Report on sanitation, dispensaries, and jails in Rajputana for 1921, and on vaccination for the year 1921-1922 - 1921-1922
Year: 1921
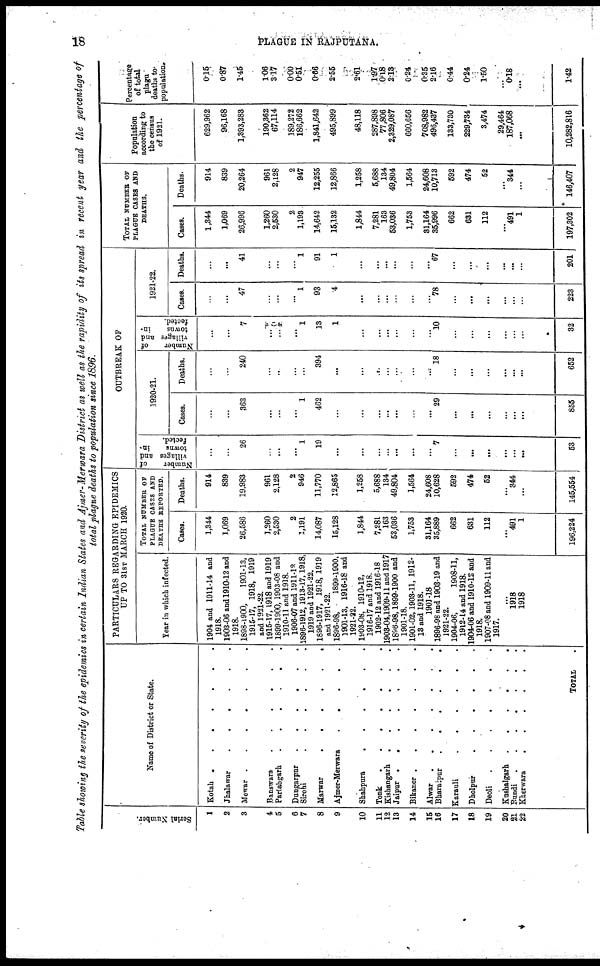
18
PLAGUE IN RAJPUTANA.
Table showing the severity of the epidemics in certain Indian States and Ajmer-Merwara District as well as the rapidity of its spread in recent year and the percentage of
total plague deaths to population since 1896.
Serial Number.
1
2
3
4
5
6
7
8
9
10
11
12
13
14
15
16
17
18
19
20
21
22
Name of District or State.
Kotah
Jhalawar
......
Mewar
.
Banswara
......
Parlabgarh
Dungarpur
......
Sirohi
.
Marwar
.
Ajmer-Merwara
.....
Shahpura
Tonk
Kishangarh
Jaipur .
Bikaner
Alwar
Bharatpur
Karauli
Dholpur
Deoli
Kushalgarh
Bundi
Kherwara
TOTAL.
PARTICULARS REGARDING EPIDEMICS
UP TO 31ST MARCH 1920.
Year in which infected.
1904 and 1911-14 and
1918.
1903-06 and 1910-12 and
1918.
1898-1900,
1901-13,
1915-17, 1918, 1919
and 1921-22.
1915-17, 1918 and 1919
1899-1900, 1903-08 and
1910-11 and 1918.
1906-07 and 1911-12
1896-1912,1913-17,1918,
1919 and 1921-22.
1896-1917, 1918, 1919
and 1921-22.
1896-98,
1899-1900,
1901-13, 1916-18 and
1921-22.
1903-08, 1910-12,
1916-17 and 1918.
1902-12 and 1916-18
1903-04,1909-11 and 1917
1896-98,1899-1900 and
1901-18.
1901-02,1903-11, 1912-
13 and 1918.
1901-18
1896-98 and 1903-19 and
1921-22.
1904-06,
1908-11,
1912-14 and 1918.
1904-06 and 1910-12 and
1918.
1907-08 and 1909-11 and
1917.
...
1918
1918
TOTAL NUMBER OF
PLAGUE CASES AND
DEATHS REPORTED.
Cases.
1,344
1,069
26,586
1,260
2,530
2
1,191
14,087
15,128
1,844
7,281
163
53,036
1,753
31,164
35,889
662
631
112
...
491
1
196,224
Deaths.
914
839
19,983
961
2,128
2
946
11,770
12,865
1,258
5,688
134
49,804
1,564
24,608
10,628
592
474
52
...
344
...
145,554
OUTBREAK OF
Number
of
villages and
towns
in-
fected.
...
...
26
...
...
...
1
19
...
...
...
...
...
...
...
7
...
...
...
...
...
...
53
1920-21.
Cases.
...
...
363
...
...
...
1
462
...
...
...
...
...
...
...
29
...
...
...
...
...
...
855
Deaths.
...
...
240
...
...
...
...
394
...
...
...
...
...
...
...
18
...
...
...
...
...
...
652
Number
of
villages and
towns
in-
fected.
...
...
7
...
...
...
1
13
1
...
...
...
...
...
...
10
...
...
...
...
...
...
32
1921-22.
Cases.
...
...
47
...
...
...
1
93
4
...
...
...
...
...
...
78
...
...
...
...
...
...
223
Deaths.
...
...
41
...
...
...
1
91
1
...
...
...
...
...
...
67
...
...
...
...
...
...
201
TOTAL NUMBER OF
PLAGUE CASES AND
DEATHS.
Cases.
1,344
1,069
26,996
1,260
2,530
2
1,193
14,642
15,132
1,844
7,281
163
53,036
1,753
31,164
35,996
662
631
112
...
491
1
197,802
Deaths.
914
839
20,264
961
2,128
2
947
12,255
12,866
1,258
5,688
134
49,804
1,564
24,608
10,713
592
474
52
...
344
...
146,407
Population
according to
the census
of 1921.
629,962
96,168
1,393,283
190,362
67,114
189,272
186,662
1,841,642
495,899
48,118
287,898
77,806
2,329,087
660,656
708,982
496,437
133,730
229,734
3,474
29,464
187,068
...
10,282,816
Percentage
of total
plague
deaths to
population.
0.15
0.87
1.45
1.06
3.17
0.00
0.51
0.66
2.55
2.61
1.97
0.18
2.13
0.24
0.35
2.16
0.44
0.24
1.50
...
0.18
...
1.42